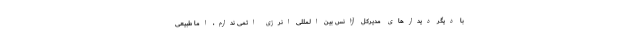
با دیگر دیدارهای مدیرکل آژانس بین المللی انرژی اتمی ندارم، اما طبیعی